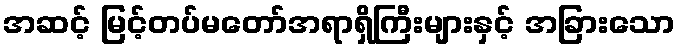
အဆင့် မြင့်တပ်မတော်အရာရှိကြီးများနှင့် အခြားသော